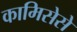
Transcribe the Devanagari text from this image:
कामिसेसे